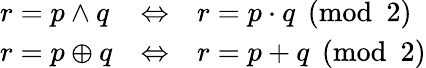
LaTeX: \begin{array}{lll}{r=p\land q}&{\Leftrightarrow}&{r=p\cdot q{\pmod{2}}}\\ {r=p\oplus q}&{\Leftrightarrow}&{r=p+q{\pmod{2}}}\end{array}